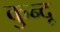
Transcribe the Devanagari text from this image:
कुन्दू